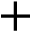
+